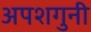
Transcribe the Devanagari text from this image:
अपशगुनी